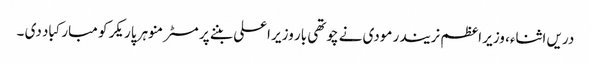
دریں اثناء، وزیر اعظم نریندر مودی نے چوتھی بار وزیر اعلی بننے پر مسٹر منوہر پاریکر کو مبارکباد دی ۔